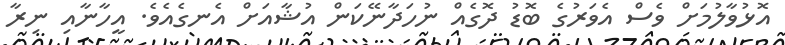
އޮޅުވާލުމަށް ވެސް އެވަރުގެ ބޮޑު ދޮގެއް ނުހަދާނޭކަން އުޝާއަށް އެނގެއެވެ. އީހާނާއި ނިރާ